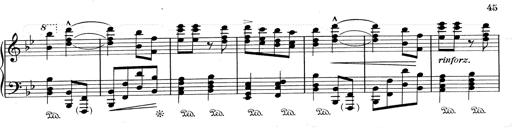
Title: RÃ©miniscences de Don Juan
Composer: Franz Liszt